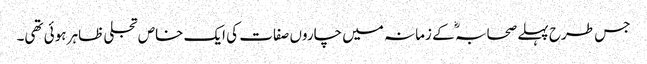
جس طرح پہلے صحابہ ؓ کے زمانہ میں چاروں صفات کی ایک خاص تجلی ظاہر ہوئی تھی۔